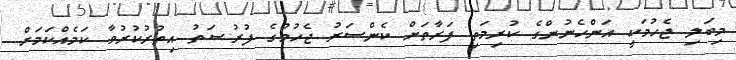
މިބަލި ޖެހުމަކީ އަންހެނުންގެ ކުރިމަތި ފަރާތަށް ކެންސަރު ޖެހުމުގެ ފުރުޞަތު އިތުރުކުރުވާ ކަމެއްކަމަށް